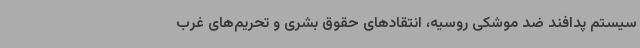
سیستم پدافند ضد موشکی روسیه،‌ انتقادهای حقوق بشری و تحریم‌های غرب